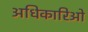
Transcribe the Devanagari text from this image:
अधिकारिओ